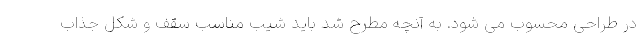
در طراحی محسوب می شود. به آنچه مطرح شد باید شیب مناسب سقف و شکل جذاب